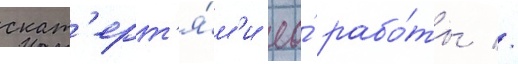
скат'ерт'я́м'и ео́ рабо́ты //